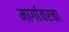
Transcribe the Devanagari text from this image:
मार्गावरचा